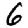
Digit: 6